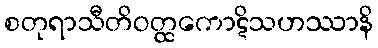
စတုရာသီတိဝတ္ထကောဋိသဟဿာနိ